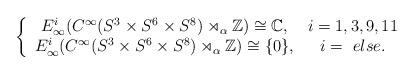
LaTeX: \begin{align*}\left\{\begin{array}{cc}E_\infty^i(C^{\infty}(S^3 \times S^{6} \times S^{8}) \rtimes_\alpha \mathbb{Z})\cong \mathbb{C}, & i= 1,3,9,11\\E_\infty^i(C^{\infty}(S^3 \times S^{6} \times S^{8}) \rtimes_\alpha \mathbb{Z})\cong \{0\},& i=\ else .\end{array}\right.\end{align*}